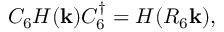
C _ { 6 } H ( \mathbf { k } ) C _ { 6 } ^ { \dag } = H ( R _ { 6 } \mathbf { k } ) ,